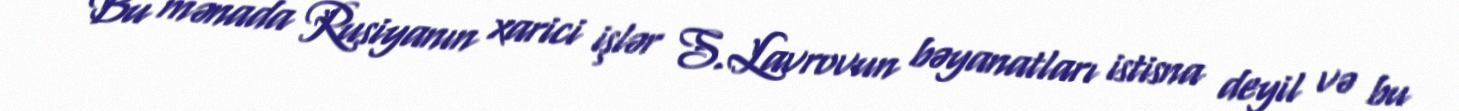
Bu mənada Rusiyanın xarici işlər S.Lavrovun bəyanatları istisna deyil və bu